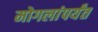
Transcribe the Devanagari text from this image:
मोगलांपर्यंत